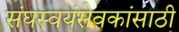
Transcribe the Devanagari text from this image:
संघस्वयंसेवकांसाठी